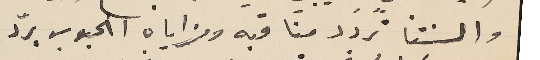
والسنتنا تردد منا قبه ومزاياه الحبوب برّد